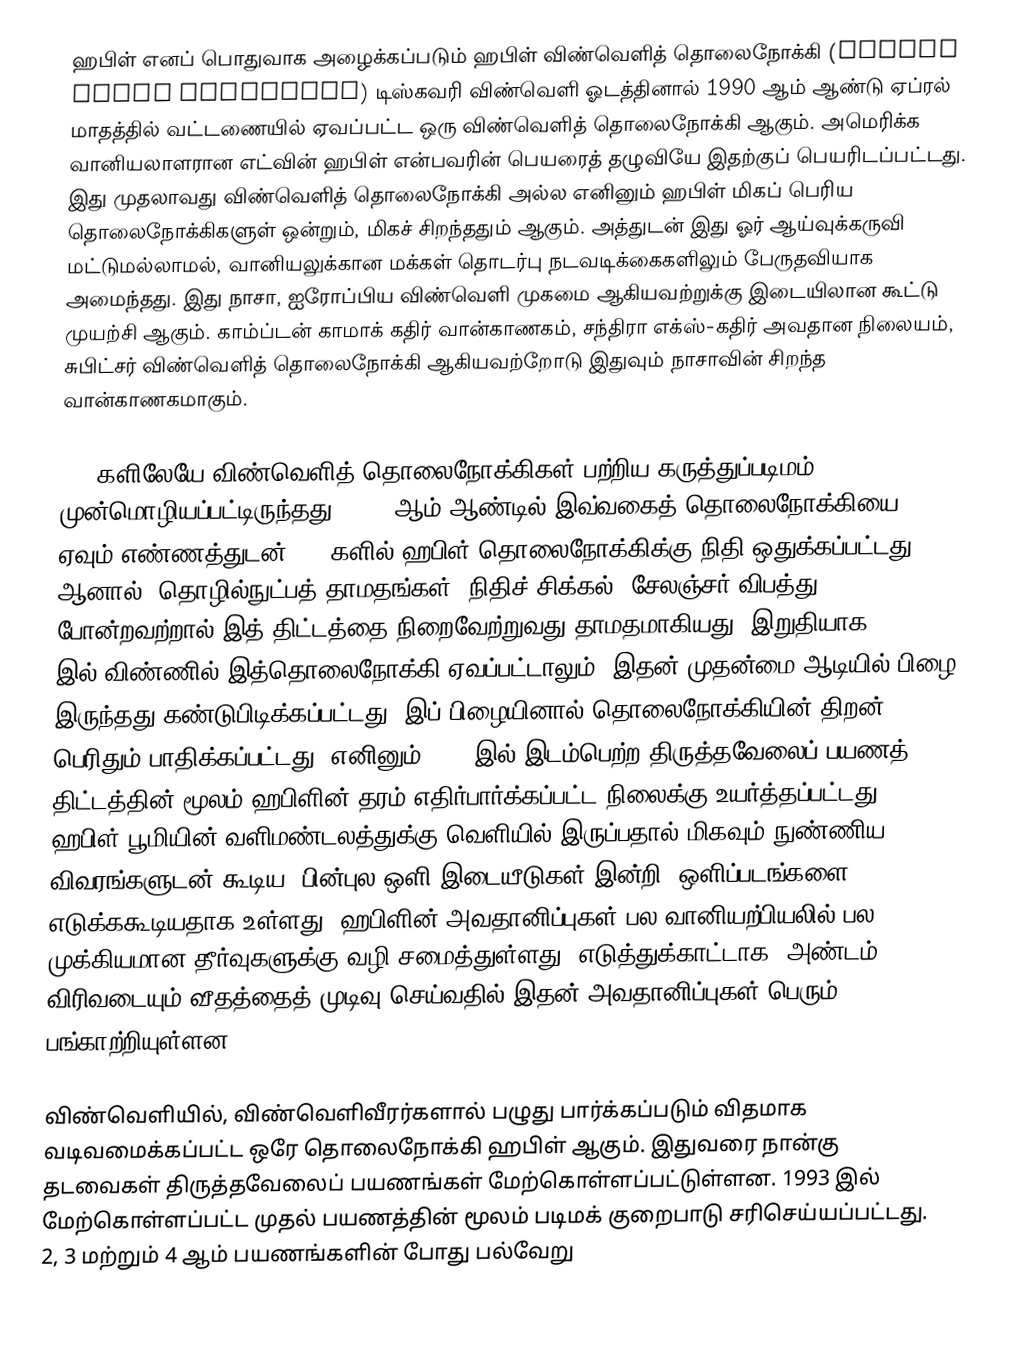
ஹபிள் எனப் பொதுவாக அழைக்கப்படும் ஹபிள் விண்வெளித் தொலைநோக்கி (Hubble Space Telescope) டிஸ்கவரி விண்வெளி ஓடத்தினால் 1990 ஆம் ஆண்டு ஏப்ரல் மாதத்தில் வட்டணையில் ஏவப்பட்ட ஒரு விண்வெளித் தொலைநோக்கி ஆகும். அமெரிக்க வானியலாளரான எட்வின் ஹபிள் என்பவரின் பெயரைத் தழுவியே இதற்குப் பெயரிடப்பட்டது. இது முதலாவது விண்வெளித் தொலைநோக்கி அல்ல எனினும் ஹபிள் மிகப் பெரிய தொலைநோக்கிகளுள் ஒன்றும், மிகச் சிறந்ததும் ஆகும். அத்துடன் இது ஓர் ஆய்வுக்கருவி மட்டுமல்லாமல், வானியலுக்கான மக்கள் தொடர்பு நடவடிக்கைகளிலும் பேருதவியாக அமைந்தது. இது நாசா, ஐரோப்பிய விண்வெளி முகமை ஆகியவற்றுக்கு இடையிலான கூட்டு முயற்சி ஆகும். காம்ப்டன் காமாக் கதிர் வான்காணகம், சந்திரா எக்ஸ்-கதிர் அவதான நிலையம், சுபிட்சர் விண்வெளித் தொலைநோக்கி ஆகியவற்றோடு இதுவும் நாசாவின் சிறந்த வான்காணகமாகும்.

1940களிலேயே விண்வெளித் தொலைநோக்கிகள் பற்றிய கருத்துப்படிமம் முன்மொழியப்பட்டிருந்தது. 1983 ஆம் ஆண்டில் இவ்வகைத் தொலைநோக்கியை ஏவும் எண்ணத்துடன் 1970களில் ஹபிள் தொலைநோக்கிக்கு நிதி ஒதுக்கப்பட்டது. ஆனால், தொழில்நுட்பத் தாமதங்கள், நிதிச் சிக்கல், சேலஞ்சர் விபத்து போன்றவற்றால் இத் திட்டத்தை நிறைவேற்றுவது தாமதமாகியது. இறுதியாக 1990 இல் விண்ணில் இத்தொலைநோக்கி ஏவப்பட்டாலும், இதன் முதன்மை ஆடியில் பிழை இருந்தது கண்டுபிடிக்கப்பட்டது. இப் பிழையினால் தொலைநோக்கியின் திறன் பெரிதும் பாதிக்கப்பட்டது. எனினும் 1993 இல் இடம்பெற்ற திருத்தவேலைப் பயணத் திட்டத்தின் மூலம் ஹபிளின் தரம் எதிர்பார்க்கப்பட்ட நிலைக்கு உயர்த்தப்பட்டது. ஹபிள் பூமியின் வளிமண்டலத்துக்கு வெளியில் இருப்பதால் மிகவும் நுண்ணிய விவரங்களுடன் கூடிய, பின்புல ஒளி இடையீடுகள் இன்றி, ஒளிப்படங்களை எடுக்ககூடியதாக உள்ளது. ஹபிளின் அவதானிப்புகள் பல வானியற்பியலில் பல முக்கியமான தீர்வுகளுக்கு வழி சமைத்துள்ளது. எடுத்துக்காட்டாக, அண்டம் விரிவடையும் வீதத்தைத் முடிவு செய்வதில் இதன் அவதானிப்புகள் பெரும் பங்காற்றியுள்ளன.

விண்வெளியில், விண்வெளிவீரர்களால் பழுது பார்க்கப்படும் விதமாக வடிவமைக்கப்பட்ட ஒரே தொலைநோக்கி ஹபிள் ஆகும். இதுவரை நான்கு தடவைகள் திருத்தவேலைப் பயணங்கள் மேற்கொள்ளப்பட்டுள்ளன. 1993 இல் மேற்கொள்ளப்பட்ட முதல் பயணத்தின் மூலம் படிமக் குறைபாடு சரிசெய்யப்பட்டது. 2, 3 மற்றும் 4 ஆம் பயணங்களின் போது பல்வேறு